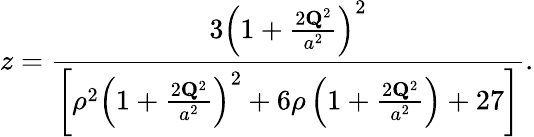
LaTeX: z=\frac{3\left(1+\frac{2{\mathbf Q}^{2}}{a^{2}}\right)^{2}}{\left[\rho^{2}\left(1+\frac{2{\mathbf Q}^{2}}{a^{2}}\right)^{2}+6\rho\left(1+\frac{2{\mathbf Q}^{2}}{a^{2}}\right)+27\right]}.